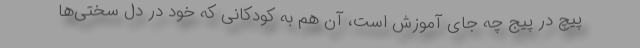
پیچ در پیج چه جای آموزش است، آن هم به کودکانی که خود در دل سختی‌ها